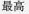
最高